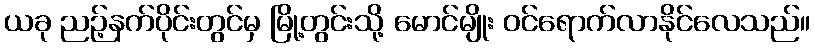
ယခု ညဉ့်နက်ပိုင်းတွင်မှ မြို့တွင်းသို့ မောင်မျိုး ဝင်ရောက်လာနိုင်လေသည်။